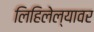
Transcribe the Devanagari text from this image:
लिहिलेल्यावर